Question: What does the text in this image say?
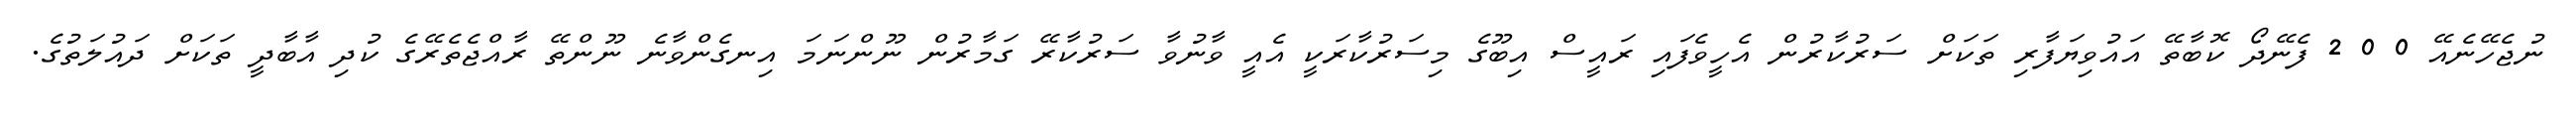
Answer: ނުޖެހޭނެއޭ 0 0 2 ފެނޭދޯ ކޮބާތޭ އައުވިޔަފާރި ތަކަށް ސަރުކާރުން އެހީވެފައި ރައީސް އިބޫގެ މިސަރުކާރަކީ އެއީ ވާނުވާ ސަރުކާރޭ ގަމާރުން ނޫންނަމަ އިނގެންވާނެ ނޫންތޭ ރާއްޖެތެރޭގެ ކުދި އާބާދީ ތަކަށް ދައުލަތުގެ.